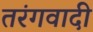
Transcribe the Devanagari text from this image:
तरंगवादी